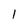
Character: 1